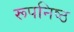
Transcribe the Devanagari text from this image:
रूपनिष्ठ